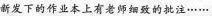
新发下的作业本上有老师细致的批注……